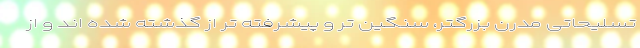
تسلیحاتی مدرن بزرگتر، سنگین تر و پیشرفته تر از گذشته شده اند و از